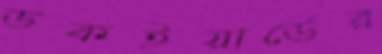
ডকইয়ার্ডের